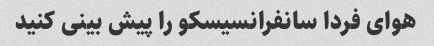
هوای فردا سانفرانسیسکو را پیش بینی کنید